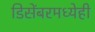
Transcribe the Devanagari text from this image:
डिसेंबरमध्येही